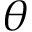
\theta